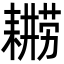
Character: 𮋫